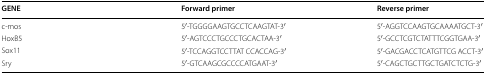
<table><thead><tr><td><b>GENE</b></td><td><b>Forward primer</b></td><td><b>Reverse primer</b></td></tr></thead><tbody><tr><td>c-mos</td><td>5′-TGGGGAAGTGCCTCAAGTAT-3′</td><td>5′-AGGTCCAAGTGCAAAATGCT-3′</td></tr><tr><td>HoxB5</td><td>5′-AGTCCCTGCCCTGCACTAA-3′</td><td>5′-GCCTCGTCTATTTCGGTGAA-3′</td></tr><tr><td>Sox11</td><td>5′-TCCAGGTCCTTAT CCACCAG-3′</td><td>5′-GACGACCTCATGTTCG ACCT-3′</td></tr><tr><td>Sry</td><td>5′-GTCAAGCGCCCCATGAAT-3′</td><td>5′-CAGCTGCTTGCTGATCTCTG-3′</td></tr></tbody></table>